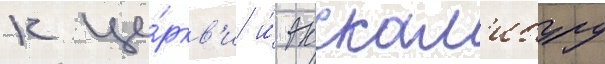
к це́ркв'и и́ экскал'ибуру